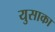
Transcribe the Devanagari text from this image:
युसाका